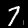
Label: 7